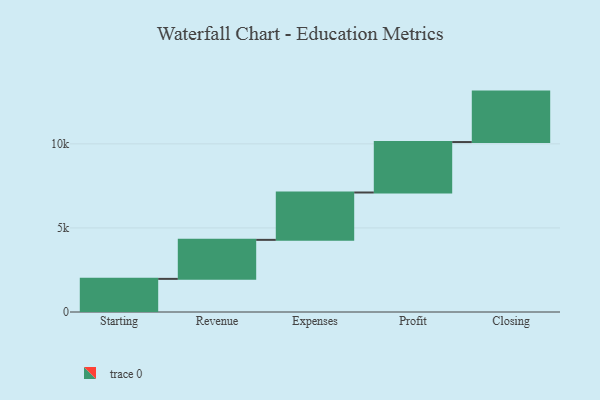
{"axis": {"x": "Step", "y": "Value"}, "legend": [""], "data": [{"x": "Starting", "y": 1970.0, "type": ""}, {"x": "Revenue", "y": 2320.0, "type": ""}, {"x": "Expenses", "y": 2816.0, "type": ""}, {"x": "Profit", "y": 3000, "type": ""}, {"x": "Closing", "y": 3000, "type": ""}]}